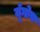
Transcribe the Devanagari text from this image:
र्यूगोस